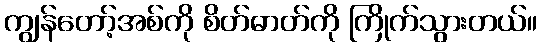
ကျွန်တော့်အစ်ကို စိတ်ဓာတ်ကို ကြိုက်သွားတယ်။